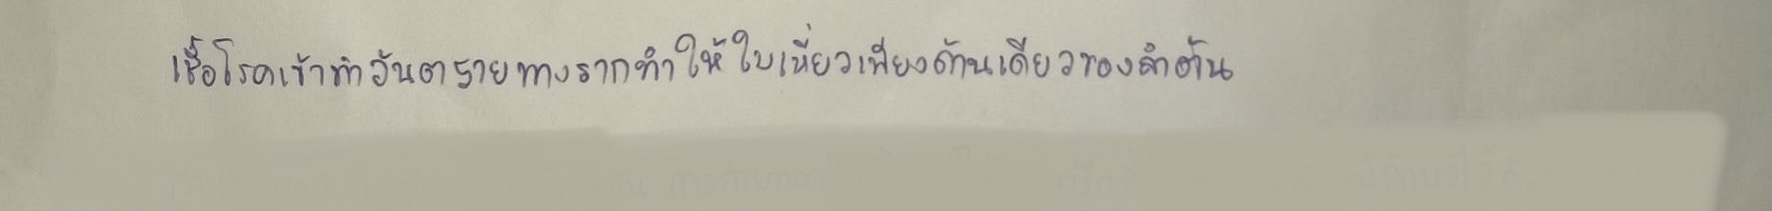
เชื้อโรคเข้าทำอันตรายทางรากทำให้ใบเหี่ยวเพียงด้านเดียวของลำต้น